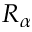
R _ { \alpha }